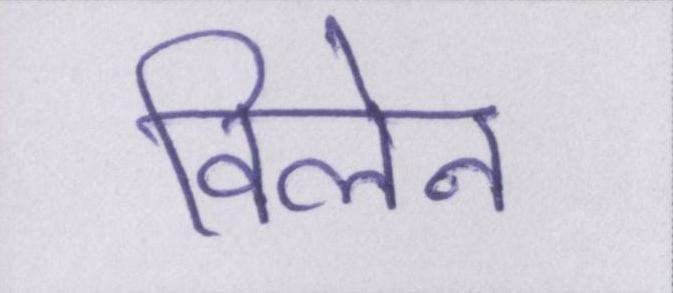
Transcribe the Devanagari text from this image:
विलेन